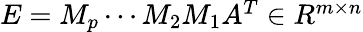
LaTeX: \begin{array}{r}{E=M_{p}\cdots M_{2}M_{1}A^{T}\in R{^{m\times n}}}\end{array}